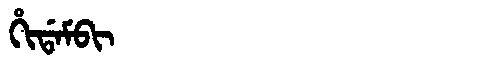
Manchu: ᡥᡳᡩᠠᠮᠪᡳ
Romanization: HIDAMBI